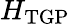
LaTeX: H_{\mathrm{TGP}}